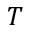
T